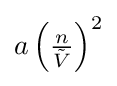
{\textstyle a\left({\frac {n}{\tilde {V}}}\right)^{2}}